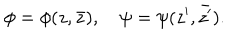
\phi = \phi ( z , \bar { z } ) , \quad \psi = \psi ( z ^ { \prime } , \bar { z ^ { \prime } } ) .